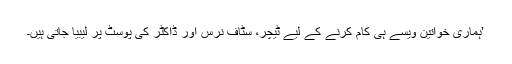
’ہماری خواتین ویسے ہی کام کرنے کے لیے ٹیچر، سٹاف نرس اور ڈاکٹر کی پوسٹ پر لیبیا جاتی ہیں۔